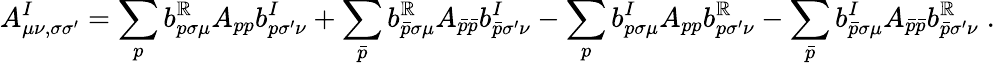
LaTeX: A_{\mu\nu,\sigma\sigma^{\prime}}^{I}=\sum_{p}b_{p\sigma\mu}^{\mathbb{R}}A_{pp}b_{p\sigma^{\prime}\nu}^{I}+\sum_{\bar{{p}}}b_{\bar{{p}}\sigma\mu}^{\mathbb{R}}A_{\bar{{p}}\bar{{p}}}b_{\bar{{p}}\sigma^{\prime}\nu}^{I}-\sum_{p}b_{p\sigma\mu}^{I}A_{pp}b_{p\sigma^{\prime}\nu}^{\mathbb{R}}-\sum_{\bar{{p}}}b_{\bar{{p}}\sigma\mu}^{I}A_{\bar{{p}}\bar{{p}}}b_{\bar{{p}}\sigma^{\prime}\nu}^{\mathbb{R}}\; .